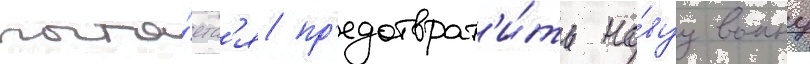
пыта́етс'я пр'едотврат'и́ть но́вуу воину